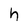
Character: h